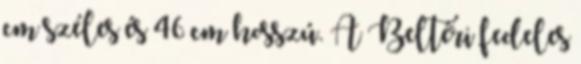
cm széles és 46 cm hosszú. A Beltéri fedeles